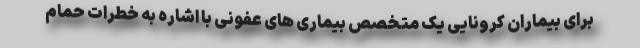
برای بیماران کرونایی یک متخصص بیماری های عفونی با اشاره به خطرات حمام